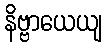
နိဗ္ဗာယေယျ